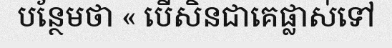
បន្ថែមថា « បើសិនជាគេផ្លាស់ទៅ